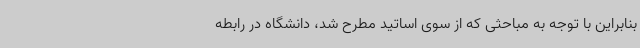
بنابراین با توجه به مباحثی که از سوی اساتید مطرح شد، دانشگاه در رابطه